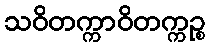
သဝိတက္ကာဝိတက္ကဉ္စ